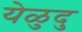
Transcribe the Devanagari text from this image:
येळुदु